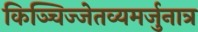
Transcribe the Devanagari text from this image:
किञ्चिज्जेतव्यमर्जुनात्र